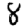
Digit: 8